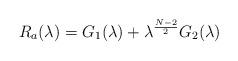
LaTeX: \begin{align*}R_a(\lambda )=G_{1}(\lambda )+\lambda ^{\frac{N-2}{2}}G_{2}(\lambda )\end{align*}